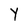
Character: Y